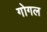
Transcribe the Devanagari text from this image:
गोगल